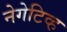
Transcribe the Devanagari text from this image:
नेगेटिव्ह